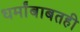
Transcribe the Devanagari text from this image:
धर्मांबाबतही